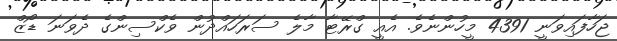
ޖަހާފައިވަނީ 4391 މީހުންނެވެ. އެއީ ގްރޭޓާ މާލެ ސަރަހައްދުން ވެކްސިންގެ ދެވަނަ ޑޯޒް